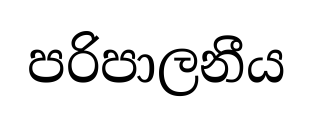
පරිපාලනීය